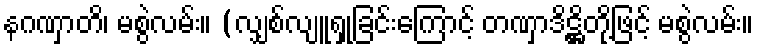
နဂဏှာတိ၊ မစွဲလမ်း။ (လျှစ်လျူရှုခြင်းကြောင့် တဏှာဒိဋ္ဌိတို့ဖြင့် မစွဲလမ်း။